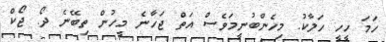
ހަމަ ހީހީ ހަލާކު. މިހެންބުނީމަވެސް އަތް ޖަހާނެ މީހުން ތިބޭނެ ދޯ. ޖޯކް